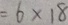
= 6 \times 1 8